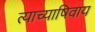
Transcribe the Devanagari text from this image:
त्याच्याषिवाय